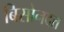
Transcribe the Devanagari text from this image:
बिसोनदत्त